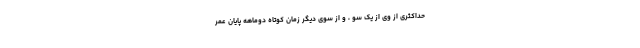
حداکثری از وی از یک سو ، و از سوی دیگر زمان کوتاه دوماهه پایان عمر